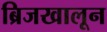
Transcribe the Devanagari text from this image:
ब्रिजखालून